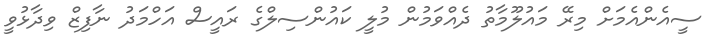
ސީއެންއެމަށް މިރޭ މައުލޫމާތު ދެއްވަމުން މުލީ ކައުންސިލްގެ ރައީސް އަހްމަދު ނާފިޒް ވިދާޅުވީ